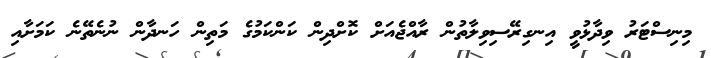
މިނިސްޓަރު ވިދާޅުވީ އިނގިރޭސިވިލާތުން ރާއްޖެއަށް ކޮށްދިން ކަންކަމުގެ މަތިން ހަނދާން ނުނެތޭނެ ކަމަށާއި